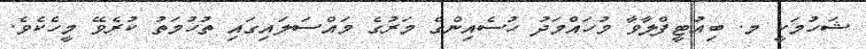
ޝަހުމަކީ މ. ބިއުޓީފްލާވާ މުހައްމަދު ހުސެއިންގެ މަރުގެ މައްސަލައިގައި ތުހުމަތު ކުރެވޭ މީހެކެވެ.